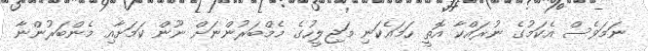
ނަމަވެސް އެކަމުގެ ނުރައްކާ އޮތީ ހަމައެކަނި މަޖިލީހުގެ މެމްބަރުންނަށް ނޫން ކަމަށާއި މެންބަރުންނާ